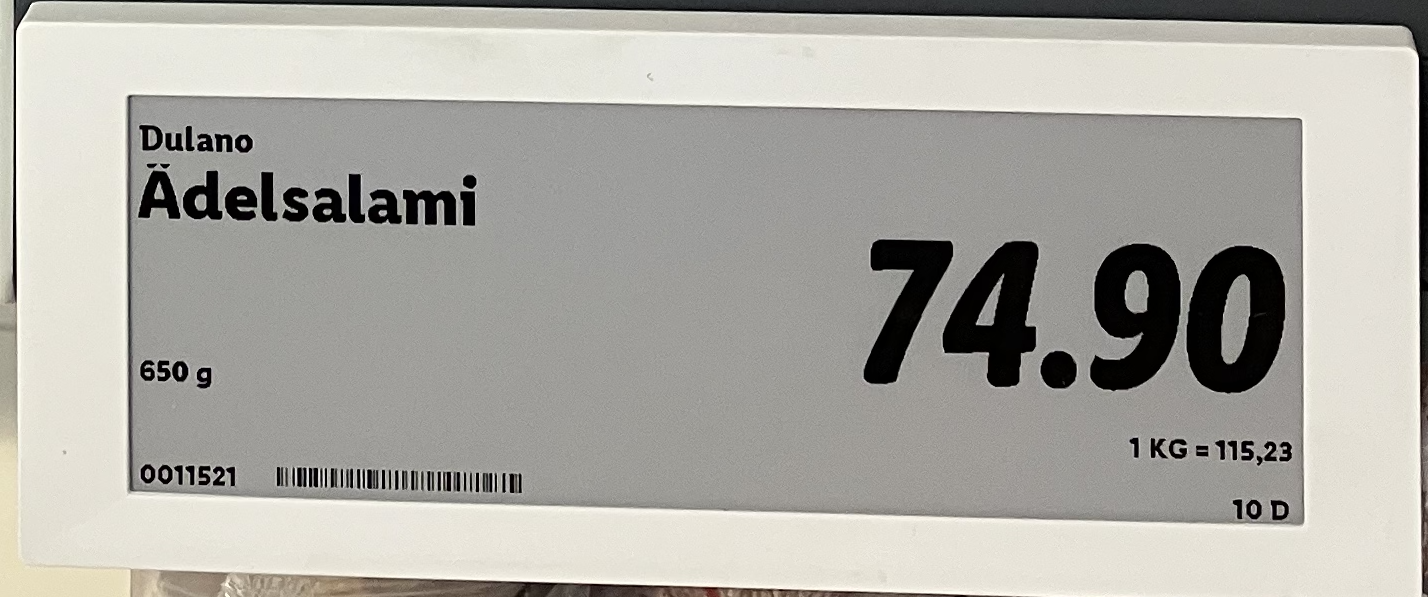
Vara: Ädelsalami
Genomsnittspris: 115.23 per kg